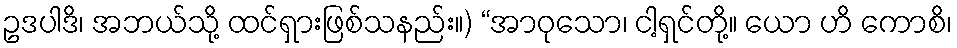
ဥဒပါဒိ၊ အဘယ်သို့ ထင်ရှားဖြစ်သနည်း။) “အာဝုသော၊ ငါ့ရှင်တို့။ ယော ဟိ ကောစိ၊